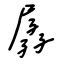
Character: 孱